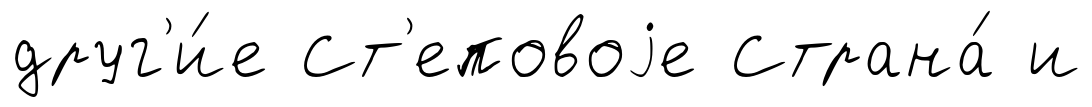
друг'и́е Ст'еповоjе Страна́ и